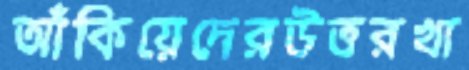
আঁকিয়েদেরউত্তরখা